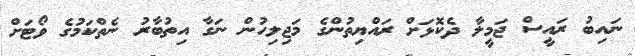
ނައިބު ރައީސް ޖަމީލާ ދެކޮޅަށް ރައްޔިތުންގެ މަޖިލިހުން ނަގާ އިތުބާރު ނެތްކަމުގެ ވޯޓަށް